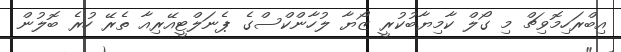
އިބްރަހިމޮވިޗް މި ގޯލް ކާމިޔާބުކުރީ ޒޯޔާ ލުހާންކްސްގެ ޕެނަލްޓީއޭރިއާ ތެރޭ ހުރެ ބޮލުން